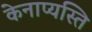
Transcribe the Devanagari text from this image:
केनाप्यस्ति